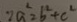
2 a ^ { 2 } = b ^ { 2 } + c ^ { 2 }